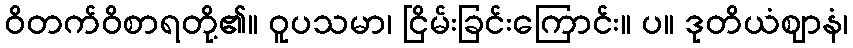
ဝိတက်ဝိစာရတို့၏။ ဝူပသမာ၊ ငြိမ်းခြင်းကြောင်း။ ပ။ ဒုတိယံဈာနံ၊